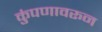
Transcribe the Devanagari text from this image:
कुंपणावरून